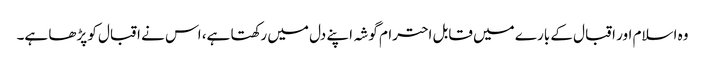
وہ اسلام اور اقبال کے بارے میں قابل احترام گوشہ اپنے دل میں رکھتا ہے، اس نے اقبال کو پڑھا ہے۔